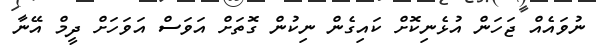
ނުވައެއް ޖަހަން އުޅެނިކޮށް ކައިގެން ނިކުން ގޮތަށް އަވަސް އަވަހަށް ދީމް އޭނާ